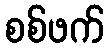
စစ်ဖက်